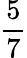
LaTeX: \frac{5}{7}